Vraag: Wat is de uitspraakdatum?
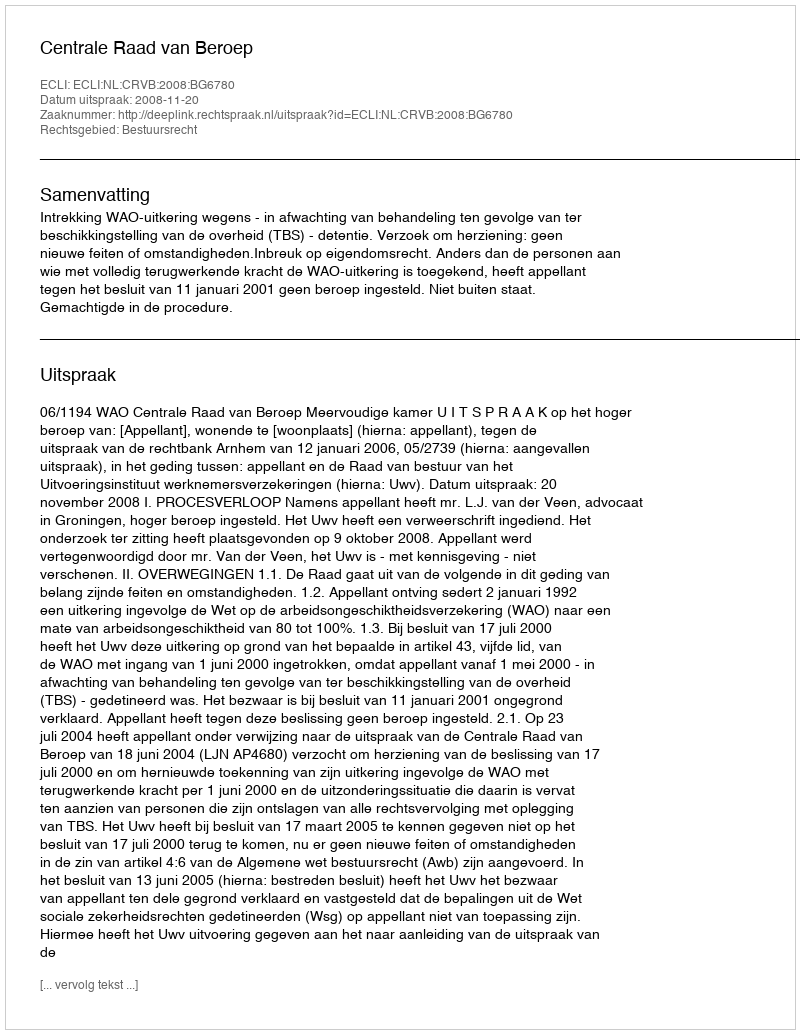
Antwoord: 2008-11-20